Report on the working of the Ranchi Indian Mental Hospital, Kanke, in Bihar and Orissa - 1930-1940
Year: 1930
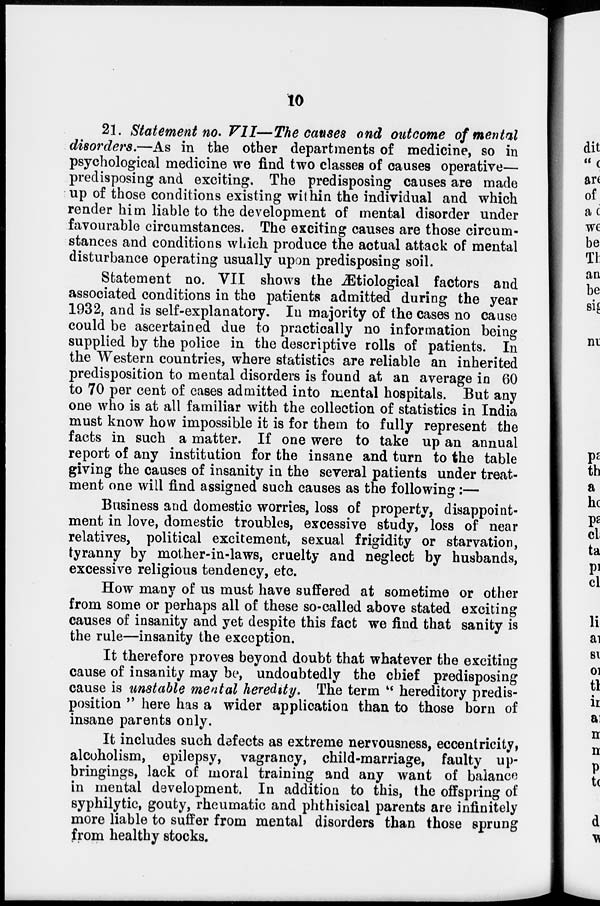
10
21. Statement no. VII—The causes and outcome of mental
disorders.—As in the other departments of medicine, so in
psychological medicine we find two classes of causes operative—
predisposing and exciting. The predisposing causes are made
up of those conditions existing within the individual and which
render him liable to the development of mental disorder under
favourable circumstances. The exciting causes are those circum-
stances and conditions which produce the actual attack of mental
disturbance operating usually upon predisposing soil.
Statement no. VII shows the Ætiological factors and
associated conditions in the patients admitted during the year
1932, and is self-explanatory. In majority of the cases no cause
could be ascertained due to practically no information being
supplied by the police in the descriptive rolls of patients. In
the Western countries, where statistics are reliable an inherited
predisposition to mental disorders is found at an average in 60
to 70 per cent of cases admitted into mental hospitals. But any
one who is at all familiar with the collection of statistics in India
must know how impossible it is for them to fully represent the
facts in such a matter. If one were to take up an annual
report of any institution for the insane and turn to the table
giving the causes of insanity in the several patients under treat-
ment one will find assigned such causes as the following:—
Business and domestic worries, loss of property, disappoint-
ment in love, domestic troubles, excessive study, loss of near
relatives, political excitement, sexual frigidity or starvation,
tyranny by mother-in-laws, cruelty and neglect by husbands,
excessive religious tendency, etc.
How many of us must have suffered at sometime or other
from some or perhaps all of these so-called above stated exciting
causes of insanity and yet despite this fact we find that sanity is
the rule—insanity the exception.
It therefore proves beyond doubt that whatever the exciting
cause of insanity may be, undoubtedly the chief predisposing
cause is unstable mental heredity. The term " hereditory predis-
position " here has a wider application than to those born of
insane parents only.
It includes such defects as extreme nervousness, eccentricity,
alcoholism, epilepsy, vagrancy, child-marriage, faulty up-
bringings, lack of moral training and any want of balance
in mental development. In addition to this, the offspring of
syphilytic, gouty, rheumatic and phthisical parents are infinitely
more liable to suffer from mental disorders than those sprung
from healthy stocks.